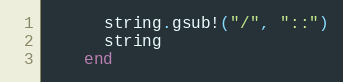
Language: Ruby
      string.gsub!("/", "::")
      string
    end